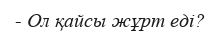
- Ол қайсы жұрт еді?